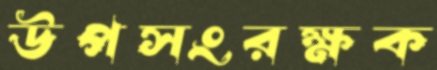
উপসংরক্ষক